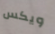
ويكس